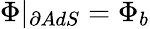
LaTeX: \Phi|_{\partial AdS}=\Phi_{b}